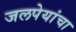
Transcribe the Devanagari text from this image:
जलपेयांचा